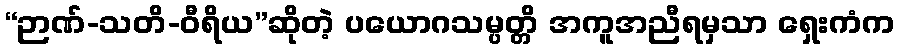
“ဉာဏ်-သတိ-ဝီရိယ”ဆိုတဲ့ ပယောဂသမ္ပတ္တိ အကူအညီရမှသာ ရှေးကံက